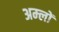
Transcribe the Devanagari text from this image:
अम्‍लों